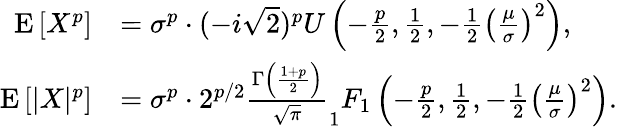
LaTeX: {\begin{array}{rl}{\operatorname{E}\left[X^{p}\right]}&{=\sigma^{p}\cdot(-i{\sqrt{2}})^{p}U\left(-{\frac{p}{2}},{\frac{1}{2}},-{\frac{1}{2}}\left({\frac{\mu}{\sigma}}\right)^{2}\right),}\\ {\operatorname{E}\left[|X|^{p}\right]}&{=\sigma^{p}\cdot 2^{p/2}{\frac{\Gamma\left({\frac{1+p}{2}}\right)}{\sqrt{\pi}}}_{1}F_{1}\left(-{\frac{p}{2}},{\frac{1}{2}},-{\frac{1}{2}}\left({\frac{\mu}{\sigma}}\right)^{2}\right).}\end{array}}